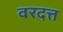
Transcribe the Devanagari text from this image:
वरदत्त